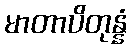
မာတာပိတုန္နံ